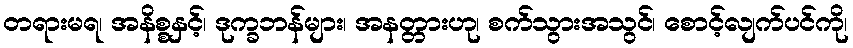
တရားမရ၊ အနိစ္စနှင့်၊ ဒုက္ခဘန်များ၊ အနတ္တားဟု၊ စက်သွားအသွင်၊ စောင့်လျက်ပင်ကို၊